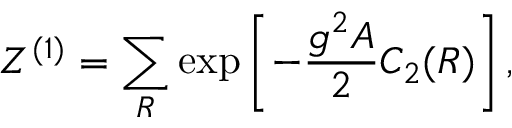
{ \cal Z } ^ { ( 1 ) } = \sum _ { R } \exp \left[ - { \frac { g ^ { 2 } A } { 2 } } C _ { 2 } ( R ) \right] ,